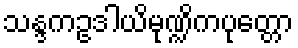
သန္ဒကဥဒါယိမုဏ္ဍိကပုတ္တော